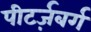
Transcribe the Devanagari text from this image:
पीटर्ज़बर्ग